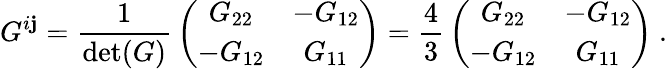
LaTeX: G^{i\mathbf{j}}={\frac{{1}}{{\operatorname*{det}(G)}}}\left(\begin{array}{cc}{{G_{22}}}&{{-G_{12}}}\\ {{-G_{12}}}&{{G_{11}}}\end{array}\right)={\frac{{4}}{{3}}}\left(\begin{array}{cc}{{G_{22}}}&{{-G_{12}}}\\ {{-G_{12}}}&{{G_{11}}}\end{array}\right)~.